Vaccination Hyderabad 1872-1889 - 1872-1889
Year: 1872
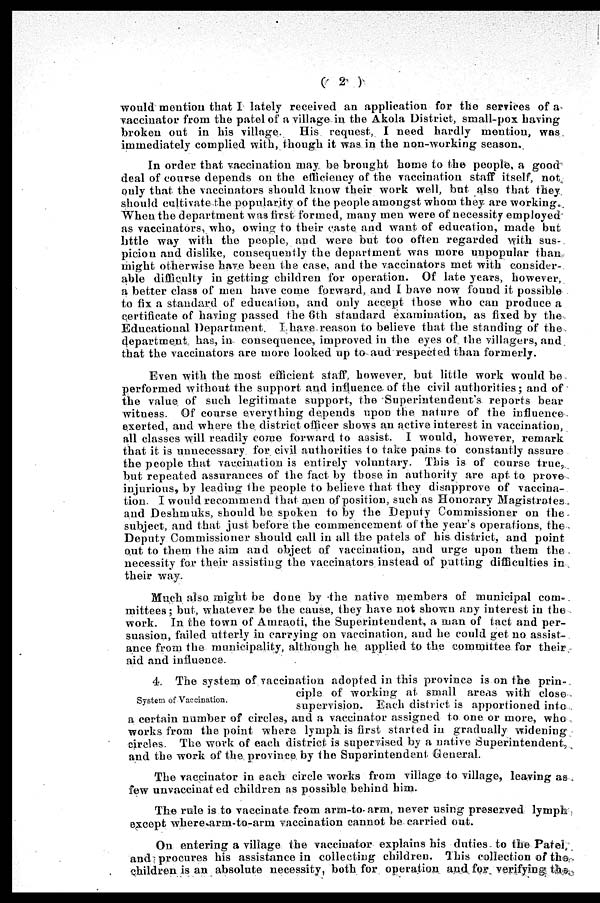
( 2 )
would mention that I lately received an application for the services of a
vaccinator from the patel of a village in the Akola District, small-pox having
broken out in his village. His request, I need hardly mention, was
immediately complied with, though it was in the non-working season.
In order that vaccination may be brought home to the people, a good
deal of course depends on the efficiency of the vaccination staff itself, not
only that the vaccinators should know their work well, but also that they
should cultivate the popularity of the people amongst whom they are working.
When the department was first formed, many men were of necessity employed
as vaccinators, who, owing to their caste and want of education, made but
little way with the people, and were but too often regarded with sus-
picion and dislike, consequently the department was more unpopular than
might otherwise have been the case, and the vaccinators met with consider-
able difficulty in getting children for operation. Of late years, however,
a better class of men have come forward, and I have now found it possible
to fix a standard of education, and only accept those who can produce a
certificate of having passed the 6th standard examination, as fixed by the
Educational Department. I have reason to believe that the standing of the
department has, in consequence, improved in the eyes of the villagers, and
that the vaccinators are more looked up to and respected than formerly.
Even with the most efficient staff, however, but little work would be
performed without the support and influence of the civil authorities; and of
the value of such legitimate support, the Superintendent's reports bear
witness. Of course everything depends upon the nature of the influence
exerted, and where the, district officer shows an active interest in vaccination,
all classes will readily come forward to assist. I would, however, remark
that it is unnecessary for civil authorities to take pains to constantly assure
the people that vaccination is entirely voluntary. This is of course true,
but repeated assurances of the fact by those in authority are apt to prove
injurious, by leading the people to believe that they disapprove of vaccina-
tion. I would recommend that men of position, such as Honorary Magistrates
and Deshmuks, should be spoken to by the Deputy Commissioner on the
subject, and that just before the commencement of the year's operations, the
Deputy Commissioner should call in all the patels of his district, and point
out to them the aim and object of vaccination, and urge upon them the
necessity for their assisting the vaccinators instead of putting difficulties in
their way.
Much also might be done by the native members of municipal com-
mittees ; but, whatever be the cause, they have not shown any interest in the
work. In the town of Amraoti, the Superintendent, a man of tact and per-
suasion, failed utterly in carrying on vaccination, and he could get no assist-
ance from the municipality, although he applied to the committee for their
aid and influence.
System of Vaccination.
4. The system of vaccination adopted in this province is on the prin-
ciple of working at small areas with close
supervision. Each district is apportioned into
a certain number of circles, and a vaccinator assigned to one or more, who
works from the point where lymph is first started in gradually widening
circles. The work of each district is supervised by a native Superintendent,
and the work of the province by the Superintendent General.
The vaccinator in each circle works from village to village, leaving as
few unvaccinated children as possible behind him.
The rule is to vaccinate from arm-to-arm, never using preserved lymph
except where arm-to-arm vaccination cannot be carried out.
On entering a village the vaccinator explains his duties to the Patel,
and procures his assistance in collecting children. This collection of the
children is an absolute necessity, both for operation and for verifying the